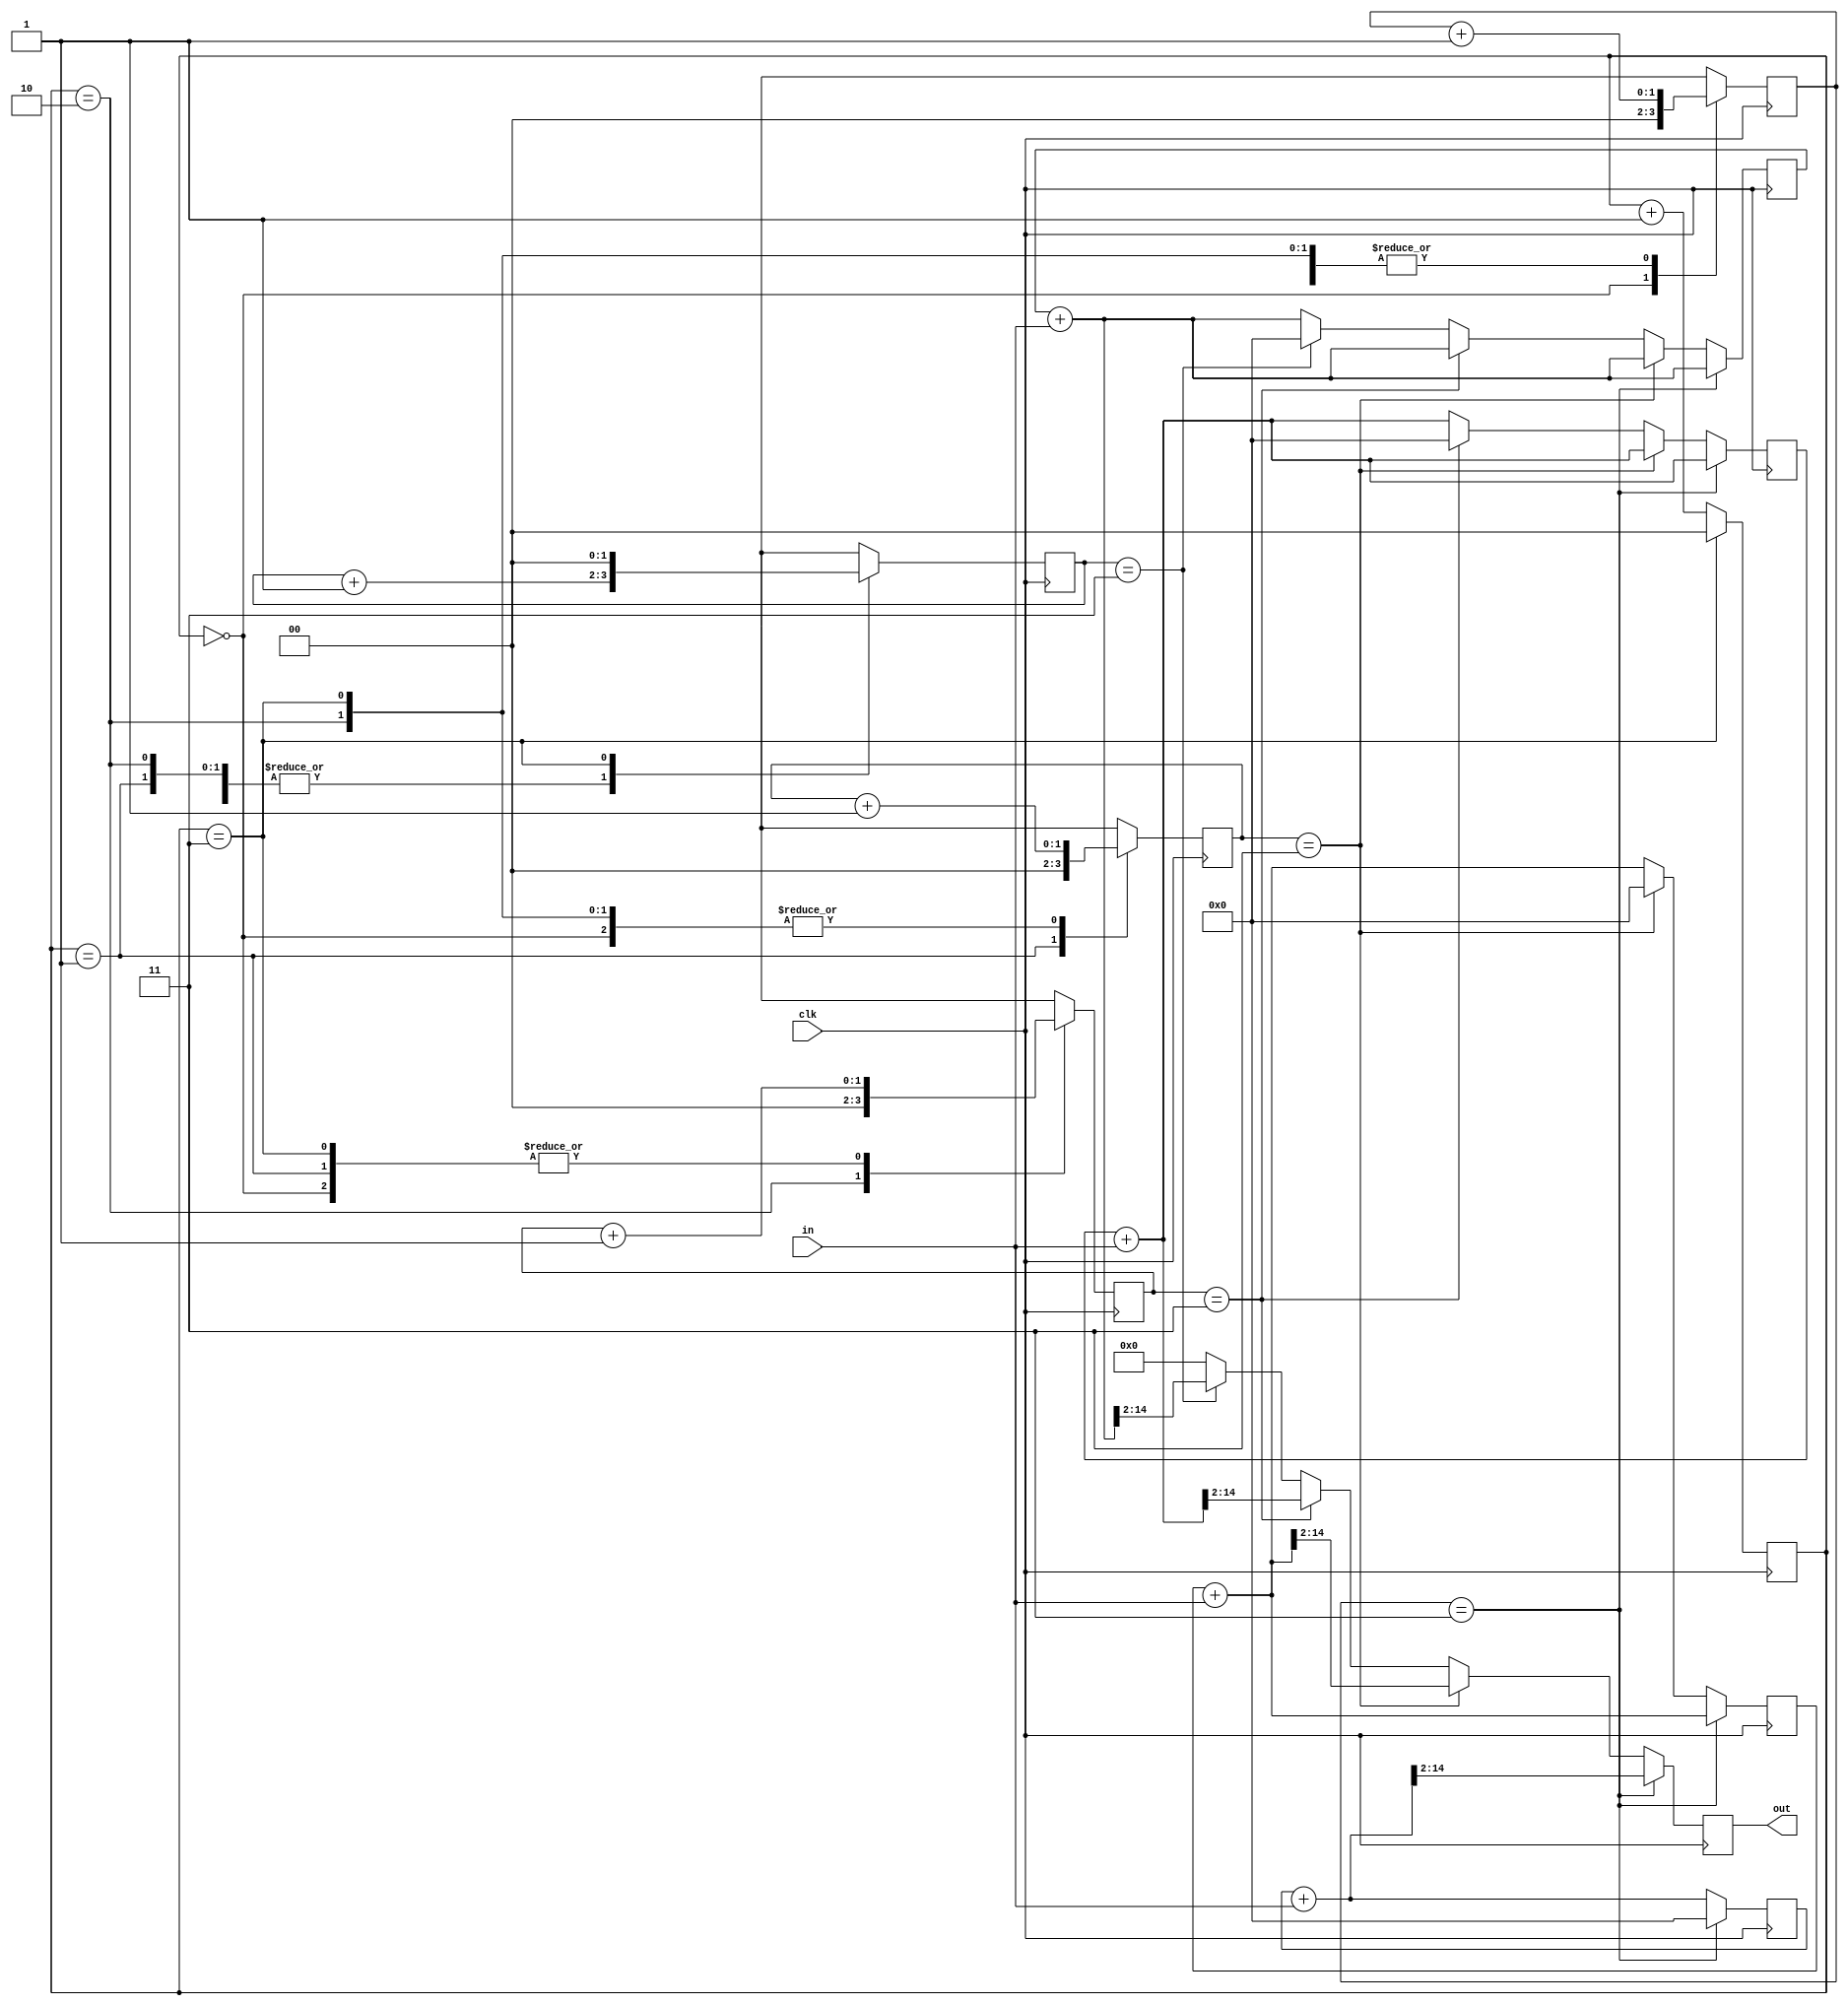
module fourDeepRollingAverage_tc (
	input clk,
	input signed [12:0] in,
    output reg signed [12:0] out = 13'd0);

   reg [1:0] 	  mstr_ctr = 2'b00;
reg [1:0] ctr1 = 2'b00, ctr2 = 2'b00, ctr3 = 2'b00, ctr4 = 2'b00;
   reg signed [14:0] acc1 = 15'd0, acc2 = 15'd0, acc3 = 15'd0, acc4 = 15'd0;
//reg [14:0] sum = 16'd0;
   
   always @(posedge clk) begin
      if(mstr_ctr == 2'b11) mstr_ctr <= 2'b00;
      else mstr_ctr <= mstr_ctr + 1'b1;

      case (mstr_ctr)
	2'b00: begin
	   ctr2 <= ctr2 + 1'b1;
	   ctr1 <= 2'b00;
	   ctr3 <= ctr3 + 1'b1;
	   ctr4 <= ctr4 + 1'b1;
	end
	2'b01: begin
	   ctr1 <= ctr1 + 1'b1;
	   ctr3 <= ctr3 + 1'b1;
	   ctr2 <= 2'b00;
	   ctr4 <= ctr4 + 1'b1;
	end
	2'b10: begin
	   ctr1 <= ctr1 + 1'b1;
	   ctr2 <= ctr2 + 1'b1;
	   ctr4 <= ctr4 + 1'b1;
	   ctr3 <= 2'b00;
	end
	2'b11: begin
	   ctr4 <= 2'b00;
	   ctr2 <= ctr2 + 1'b1;
	   ctr3 <= ctr3 + 1'b1;
	   ctr1 <= ctr1 + 1'b1;
	end
      endcase

      if (ctr1==2'b11) begin
	 out <= (acc1 + in) >> 2;
	 acc1 <= 15'd0;
	 acc2 <= acc2 + in;
	 acc3 <= acc3 + in;
	 acc4 <= acc4 + in;
      end else if (ctr2==2'b11) begin
	 out <= (acc2 + in) >> 2;
	 acc1 <= acc1 + in;
	 acc2 <= 15'd0;
	 acc3 <= acc3 + in;
	 acc4 <= acc4 + in;
      end else if (ctr3==2'b11) begin
	 out <= (acc3 + in) >> 2;
	 acc1 <= acc1 + in;
	 acc2 <= acc2 + in;
	 acc3 <= 15'd0;
	 acc4 <= acc4 + in;
      end else if (ctr4==2'b11) begin
	 out <= (acc4 + in) >> 2;
	 acc1 <= acc1 + in;
	 acc2 <= acc2 + in;
	 acc3 <= acc3 + in;
	 acc4 <= 15'd0;
      end else begin
	 out <= 15'd0;
	 acc1 <= acc1 + in;
	 acc2 <= acc2 + in;
	 acc3 <= acc3 + in;
	 acc4 <= acc4 + in;
      end
	
	//assign out = sum[14:2];
end
endmodule